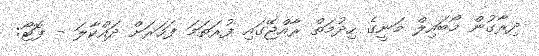
ދިރާގުން މޯބައިލް މަނީގެ ހިދުމަތް ރާއްޖޭގައި ފުރަތަމަ ފަހަރަށް ދައްކާލަ - ފޮޓޯ: